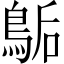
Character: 𪁆